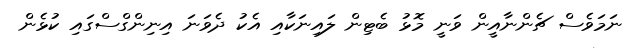
ނަމަވެސް ޗެންނާއީން ވަނީ މޮޅު ބެޓިން ލައިނަކާއި އެކު ދެވަނަ އިނިންގްސްގައި ކުޅެން